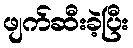
ဖျက်ဆီးခဲ့ပြီး